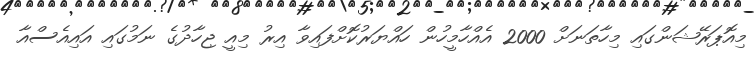
މިއޮޕަރޭޝަންގައި މިހާތަނަށް 2000 އެއްހާމީހުން ހައްޔަރުކޮށްފައިވާ އިރު މިއީ ޖިހާދުގެ ނަމުގައި އައިއެސްއާ